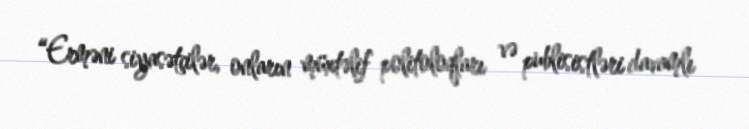
“Erməni siyasətçilər, onların müxtəlif politoloqları və publisistləri davamlı